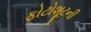
ફોટોશૂટની